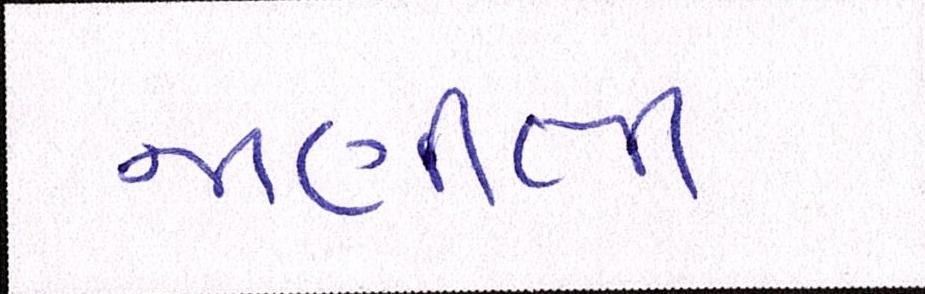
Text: જાણીતી